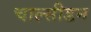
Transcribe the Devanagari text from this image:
चाल्सीडन